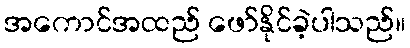
အကောင်အထည် ဖော်နိုင်ခဲ့ပါသည်။